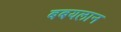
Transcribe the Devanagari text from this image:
बबयलान